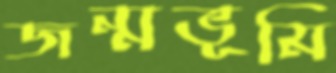
জন্মভূমি